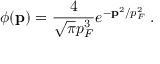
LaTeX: \displaystyle \phi ( { \bf p } ) = \frac { 4 } { \sqrt { \pi } p _ { F } ^ { 3 } } e ^ { - { \bf p } ^ { 2 } / p _ { F } ^ { 2 } } \; .